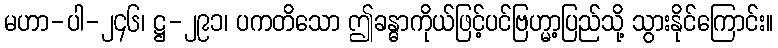
မဟာ-ပါ-၂၄၆၊ ဋ္ဌ-၂၉၁၊ ပကတိသော ဤခန္ဓာကိုယ်ဖြင့်ပင်ဗြဟ္မာ့ပြည်သို့ သွားနိုင်ကြောင်း။